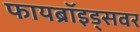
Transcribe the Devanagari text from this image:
फायब्रॉइड्‌सवर